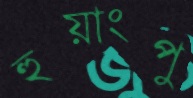
হুয়াংপু